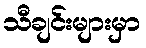
သီချင်းများမှာ